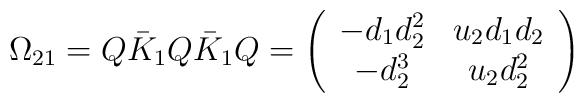
\Omega_{21}=Q \bar{K}_1 Q \bar{K}_1 Q = \left(  \begin{array}{cc}-d_1 d_2^2 & u_2 d_1 d_2  \\-d_2^3  & u_2 d_2^2\end{array}  \right)